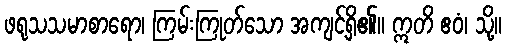
ဖရုသသမာစာရော၊ ကြမ်းကြုတ်သော အကျင့်ရှိ၏။ ဣတိ ဧဝံ၊ သို့။